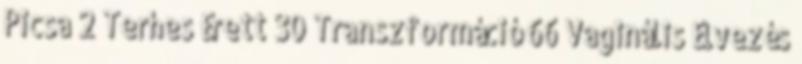
Picsa 2 Terhes Érett 30 Transzformáció 66 Vaginális Élvezés